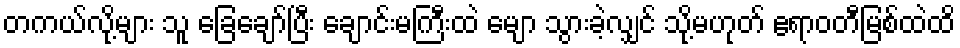
တကယ်လို့များ သူ ခြေချော်ပြီး ချောင်းမကြီးထဲ မျော သွားခဲ့လျှင် သို့မဟုတ် ဧရာဝတီမြစ်ထဲထိ